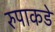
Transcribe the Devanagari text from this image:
रुपाकडे